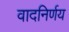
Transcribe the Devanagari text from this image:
वादनिर्णय